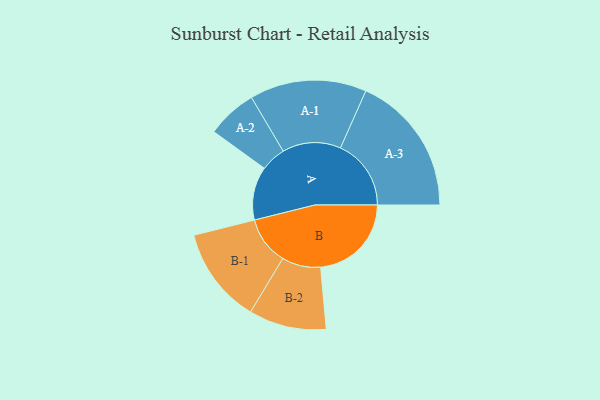
{"axis": {"x": "Segment", "y": "Value"}, "legend": ["", "A", "B"], "data": [{"x": "A", "y": 223, "type": ""}, {"x": "B", "y": 379, "type": ""}, {"x": "A-1", "y": 244, "type": "A"}, {"x": "A-2", "y": 105, "type": "A"}, {"x": "A-3", "y": 295, "type": "A"}, {"x": "B-1", "y": 201, "type": "B"}, {"x": "B-2", "y": 162, "type": "B"}]}